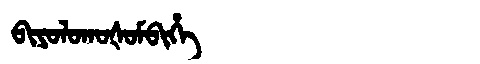
Manchu: ᠪᡳᠶᠣᠯᠣᡴᠣᡧᠣᠮᠪᡳᡥᡝ
Romanization: BIYOLOKOŠOMBIHE